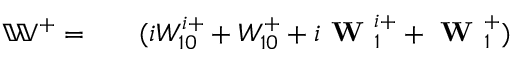
\begin{array} { r l r } { \mathbb { W } ^ { + } = } & { { } } & { ( i W _ { 1 0 } ^ { i + } + W _ { 1 0 } ^ { + } + i \textbf { W } _ { 1 } ^ { i + } + \textbf { W } _ { 1 } ^ { + } ) } \end{array}